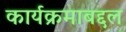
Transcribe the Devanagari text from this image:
कार्यक्रमाबद्दल